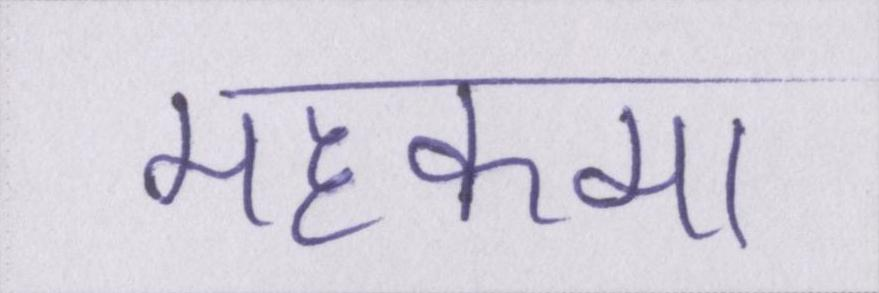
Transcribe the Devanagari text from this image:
महकमा